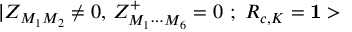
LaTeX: | Z _ { M _ { 1 } M _ { 2 } } \neq 0 , \, Z _ { M _ { 1 } \cdots M _ { 6 } } ^ { + } = 0 \, \, ; \, \, R _ { c , K } = { \bf 1 > }